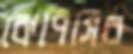
কেপিসির